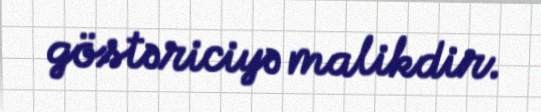
göstəriciyə malikdir.